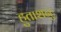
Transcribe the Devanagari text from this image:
हुताशनुः